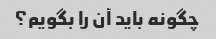
چگونه باید آن را بگویم؟